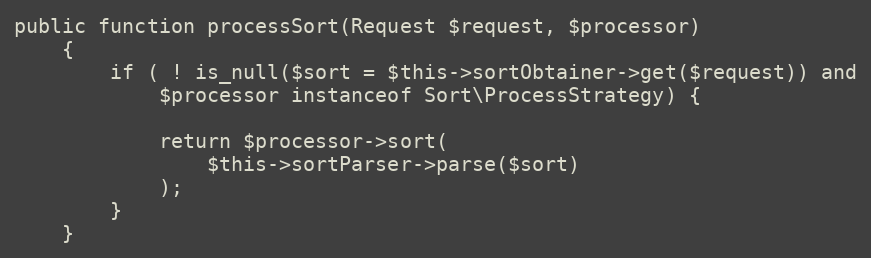
Language: PHP
public function processSort(Request $request, $processor)
    {
        if ( ! is_null($sort = $this->sortObtainer->get($request)) and
            $processor instanceof Sort\ProcessStrategy) {

            return $processor->sort(
                $this->sortParser->parse($sort)
            );
        }
    }